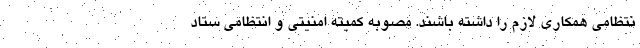
نتظامی همکاری لازم را داشته باشند. مصوبه کمیته امنیتی و انتظامی ستاد